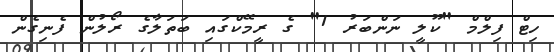
ހިޓް ފިލްމް "ކޫލީ ނަންބަރު 1" ގެ ރީމޭކްގައި ބަތަލާގެ ރޯލުން ފެނިގެން